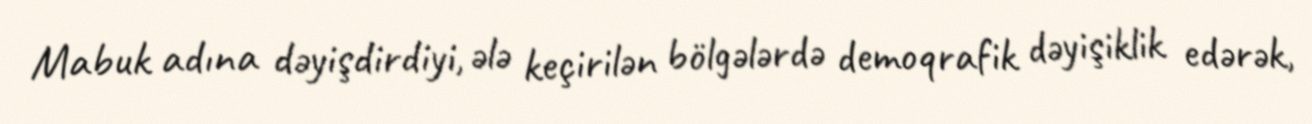
Mabuk adına dəyişdirdiyi, ələ keçirilən bölgələrdə demoqrafik dəyişiklik edərək,